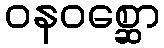
ဝနဝစ္ဆော